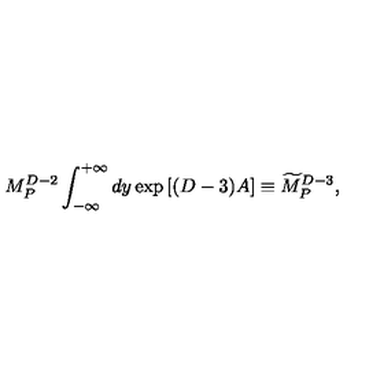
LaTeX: M _ { P } ^ { D - 2 } \int _ { - \infty } ^ { + \infty } d y \exp \left[ ( D - 3 ) A \right] \equiv { \widetilde M } _ { P } ^ { D - 3 } ,